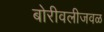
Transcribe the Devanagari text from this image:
बोरीवलीजवळ